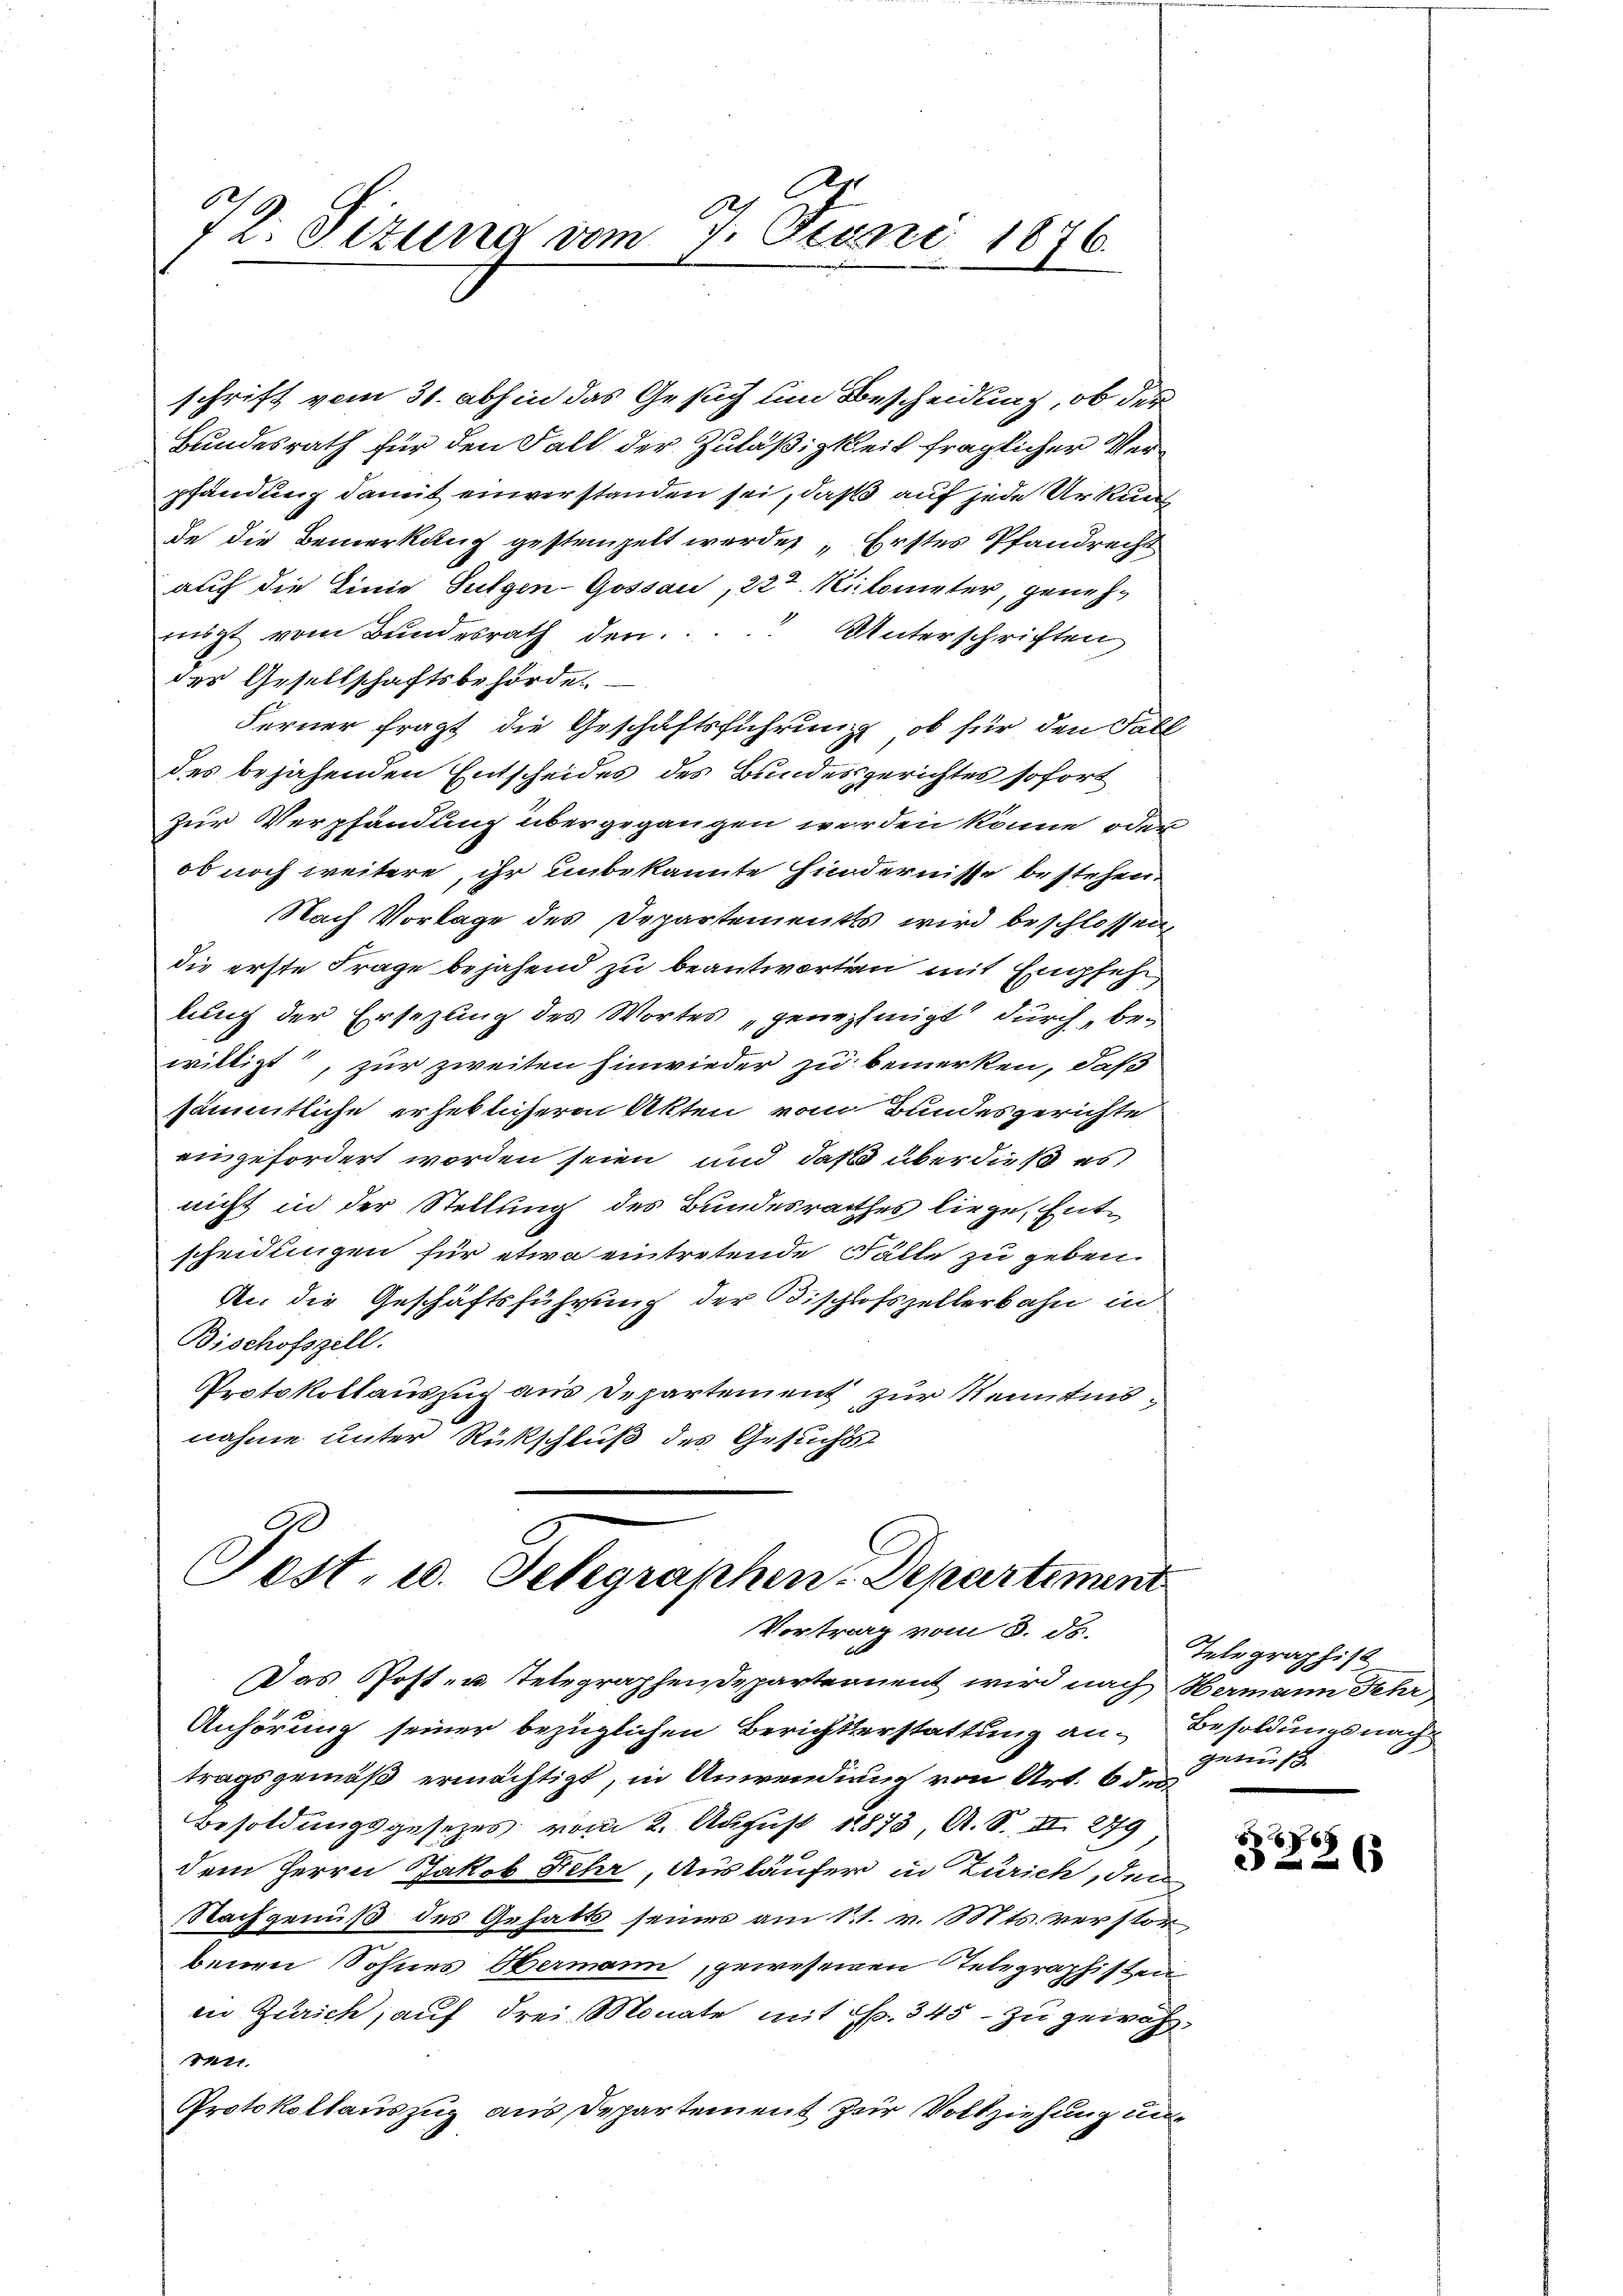
2
72. Sizung vom 7. Juni 1876.

schrift vom 31. abhin das Gesuch um Bescheidung, ob der
Bundesrath für den Fall der Zuläßigkeit fraglicher Verpfandung damit einverstanden sei, daß auf jede Urkunf
de die Bemerkung gestempelt werden, Erstes Pfandrecht
auf die Einie Sulgen-Gossau, 223. Milometer, genehrigt vom Bundesrath den..... Unterschriften
der Gesellschaftsbehörde.
Ferner fragt die Geschäftsführung, ob für den Fall
des bejahenden Entscheides des Bundesgerichtes sofort
zur Verpfändung übergegangen werden könne, oder
ob noch weitere, ihr unbekannte Hindernisse bestehen.
Nach Vorlage des Departements wird beschlossen,
die erste Frage bejahend zu beantworten mit Engsehn
kung der Ersezung des Wortes „genehmigt durch, bewilligt, zur zweiten hinwieder zu bemerken, daß
sämmtliche erheblicheren Akten vom Bundesgerichte
eingefordert worden seien und daß über dieß es
nicht in der Stellung des Bundesrathes liege, Entscheidungen für etwa eintretende Fälle zu geben.
R. die Geschäftsführung der Bischlosszellerbahn in
Bischofszell.
Protokollauszug aus Departement zur Kenntnisnahme unter Rückschluß des Gesuchs

Post- u. Telegraphen-Departement
Vortrag vom 8. ds.

Das Post- u. Telegraphendepartement wird nach Hermann Sehr
Anhörung seiner bezüglichen Berichtserstattung an. Besoldungsnach
tragsgemäß ermächtigt, in Anwendung von Art. 6 de
Besoldungsgesetzes vom 2. August 1873, A. S. II 279
dem Herrn Jakob Fehr, Ausläufer in Zürich, den
Nachgenuß des Gehalts seiner am 11. v. Mts. verstorbenen Sohnes Hermann, gewesenen Telegraphisten
in Zürich, auf drei Monate mit S. 345 - zu gewoh¬
Mtt.
Protokollauszug aus Departement zur Vollziehung un

Telegraphist
genuß

ADENG
2